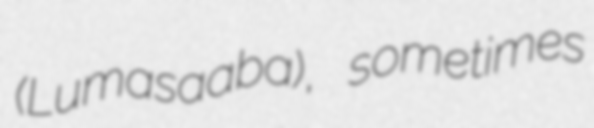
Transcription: (Lumasaaba), sometimes